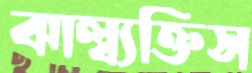
ঝাল্‌ব্যক্তিস